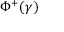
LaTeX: \Phi ^ { + } ( \gamma )